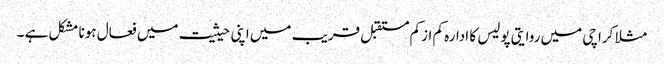
مثلا کراچی میں روایتی پولیس کا ادارہ کم ازکم مستقبل قریب میں اپنی حیثیت میں فعال ہونا مشکل ہے ۔